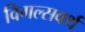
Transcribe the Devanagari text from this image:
विगल्सवर्थ